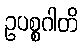
ဥပစ္စဂါတိ